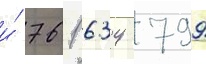
и́ 761 634 799